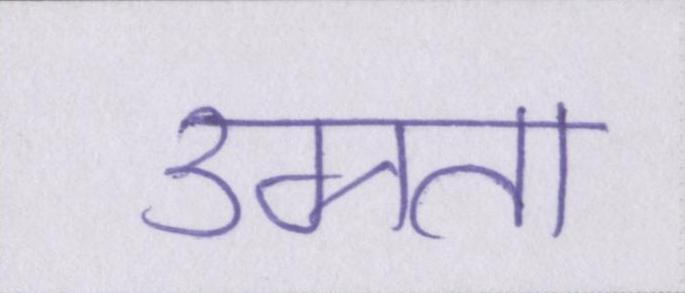
उग्रता